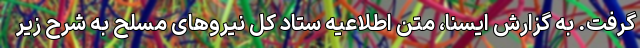
گرفت. به گزارش ایسنا، متن اطلاعیه ستاد کل نیروهای مسلح به شرح زیر